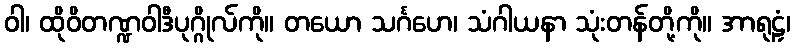
ဝါ၊ ထိုဝိတဏ္ဍဝါဒီပုဂ္ဂိုလ်ကို။ တယော သင်္ဂဟေ၊ သံဂါယနာ သုံးတန်တို့ကို။ အာရုဠှံ၊